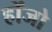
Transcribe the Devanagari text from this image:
होंजो